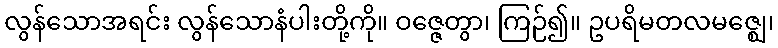
လွန်သောအရင်း လွန်သောနံပါးတို့ကို။ ဝဇ္ဇေတွာ၊ ကြဉ်၍။ ဥပရိမတလမဇ္ဈေ၊